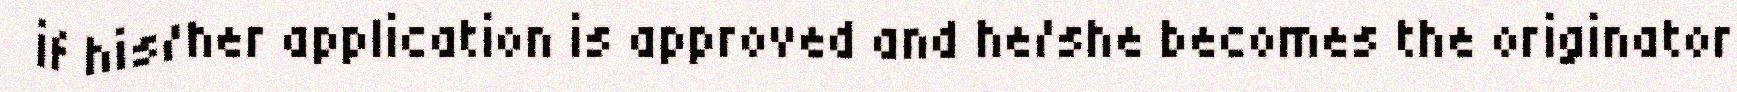
if his/her application is approved and he/she becomes the originator